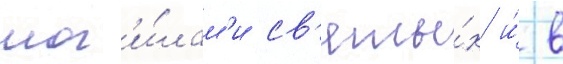
мог'и́лам'и св'яты́х и́ в